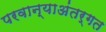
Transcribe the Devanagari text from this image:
परवान्याअंतर्गत